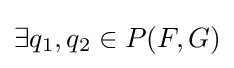
\exists q_{1},q_{2}\in P(F,G)